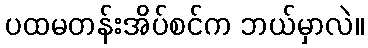
ပထမတန်းအိပ်စင်က ဘယ်မှာလဲ။